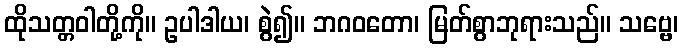
ထိုသတ္တဝါတို့ကို။ ဥပါဒါယ၊ စွဲ၍။ ဘဂဝတော၊ မြတ်စွာဘုရားသည်။ သဗ္ဗေ၊